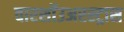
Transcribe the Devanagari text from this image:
वारशॉउअरस्ट्रास